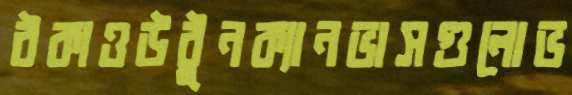
ঠকাওউঠুনক্যানভাসগুলোভ